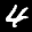
Label: 4